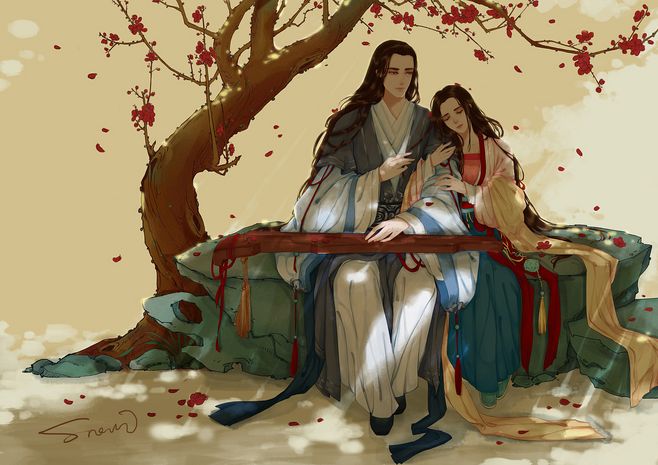
飞鸟没何处，青山空向人。